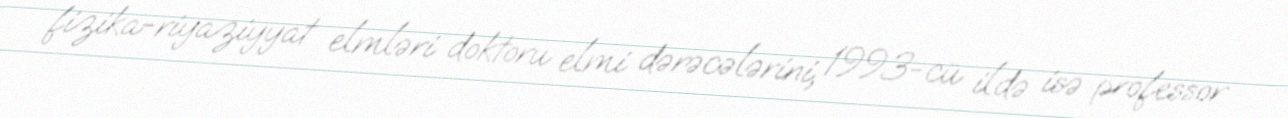
fizika-riyaziyyat elmləri doktoru elmi dərəcələrini, 1993-cü ildə isə professor